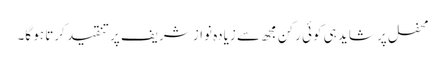
محفل پر شاید ہی کوئی رکن مجھ سے زیادہ نواز شریف پر تنقید کرتا ہو گا۔